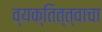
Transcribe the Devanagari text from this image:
व्यक्तित्त्वाचा